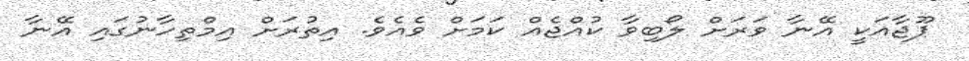
ޕޫޖާއަކީ އޭނާ ވަރަށް ލޯބިވާ ކުއްޖެއް ކަމަށް ވެެއެވެ. އިތުރަށް އިމްތިހާނުގައި އޭނާ